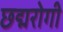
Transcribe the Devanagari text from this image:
छद्मरोगी